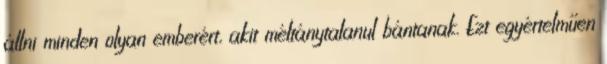
állni minden olyan emberért, akit méltánytalanul bántanak. Ezt egyértelműen